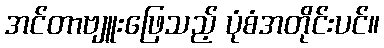
အင်တာဗျူးဖြေသည့် ပုံစံအတိုင်းပင်။